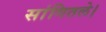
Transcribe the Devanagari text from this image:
सांगितले।